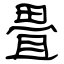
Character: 畳